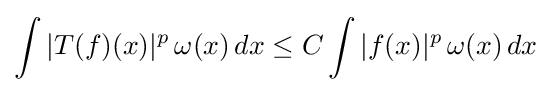
\int |T(f)(x)|^{p}\,\omega (x)\,dx\leq C\int |f(x)|^{p}\,\omega (x)\,dx